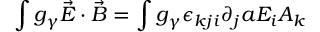
\int g _ { \gamma } \vec { E } \cdot \vec { B } = \int g _ { \gamma } \epsilon _ { k j i } \partial _ { j } a E _ { i } A _ { k }